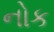
નોક